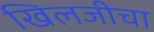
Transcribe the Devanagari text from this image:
खिलजीचा